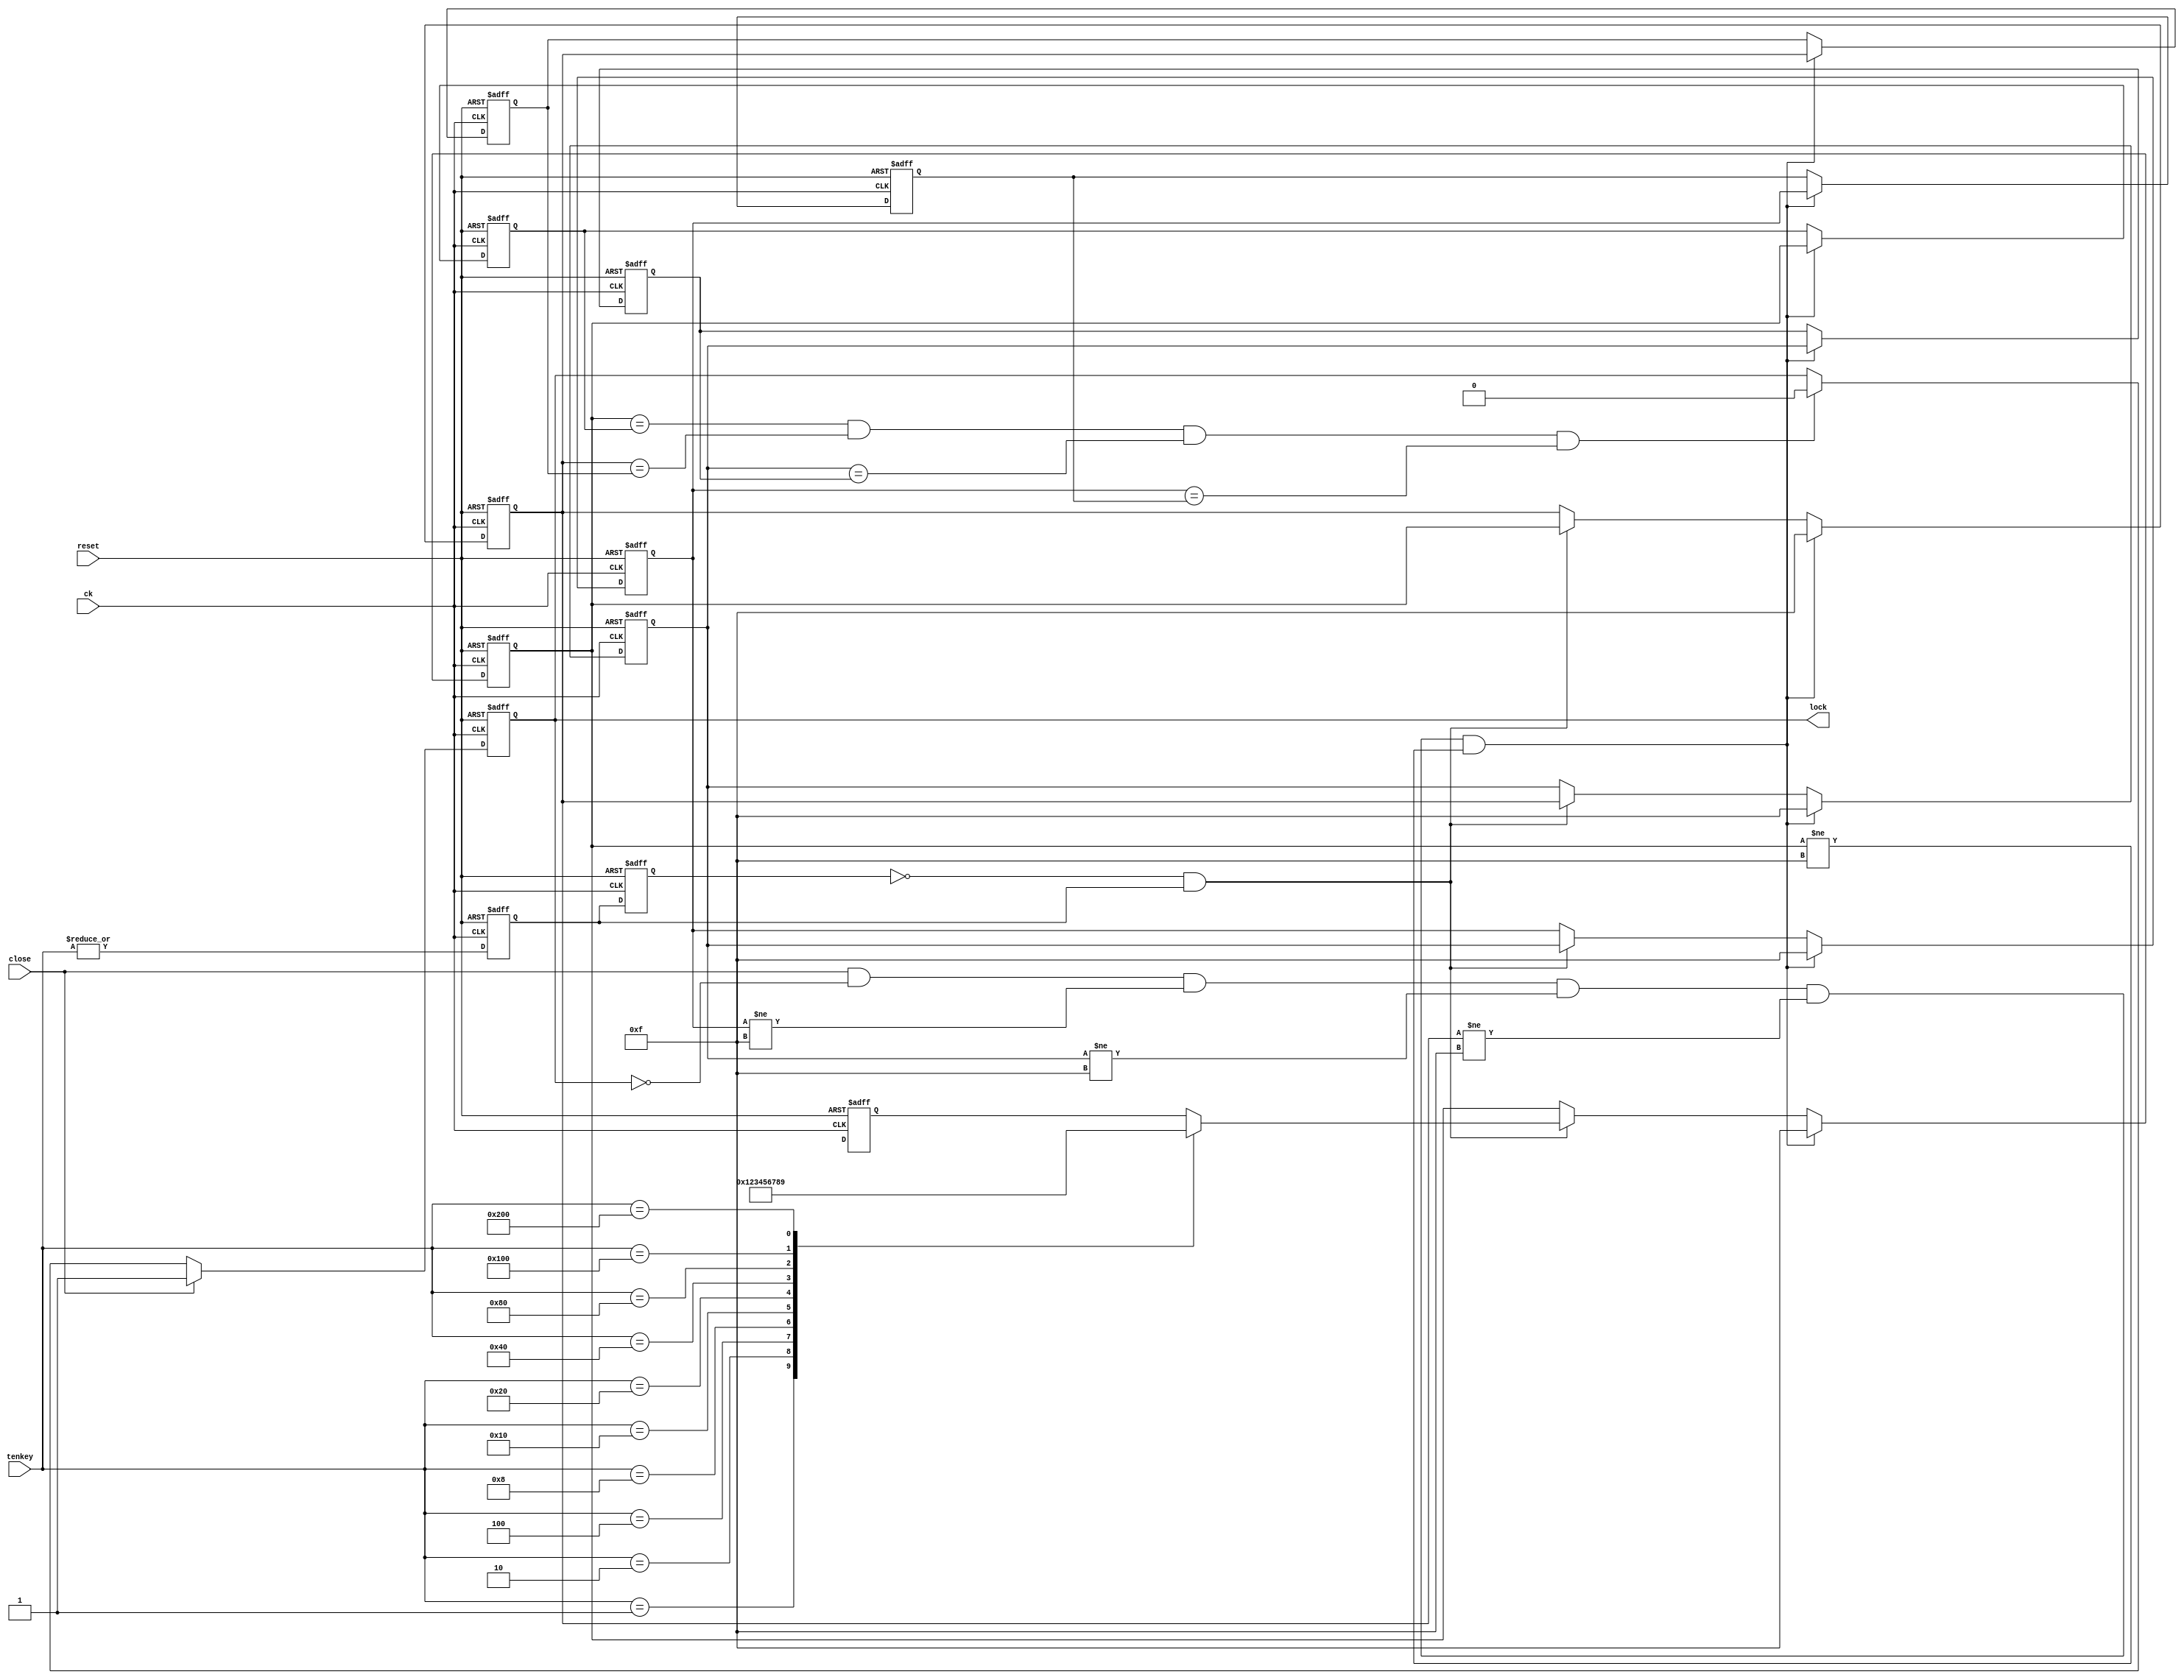
/* dq@
o^D
i9999jD
Scloselocko^D
lockcloseL[tD
*/

module elelock2( ck, reset, tenkey, close, lock);
input ck, reset, close;
input [9:0] tenkey;
output lock;
reg lock, ke1, ke2;
reg [3:0] key[0:3];
reg [3:0] secret_key[0:3];

wire match, key_enbl;

// ELWX^
always @( posedge ck or posedge reset ) begin
   if ( reset==1'b1 ) begin
      secret_key[3] <= 4'h9;	// :9999 
      secret_key[2] <= 4'h9;
      secret_key[1] <= 4'h9;
      secret_key[0] <= 4'h9;
      key[3] <= 4'b1111;
      key[2] <= 4'b1111;
      key[1] <= 4'b1111;
      key[0] <= 4'b1111;
   end
   else if ( close==1'b1 && lock==1'b0 && key[3]!=4'b1111 && key[2]!=4'b1111 && key[1]!=4'b1111 && key[0]!=4'b1111) begin 
      secret_key[3] <= key[3];	// o^C4locko^
      secret_key[2] <= key[2];
      secret_key[1] <= key[1];
      secret_key[0] <= key[0];
      key[3] <= 4'b1111;
      key[2] <= 4'b1111;
      key[1] <= 4'b1111;
      key[0] <= 4'b1111;
   end
   else if ( key_enbl==1'b1 ) begin
      key[3] <= key[2];
      key[2] <= key[1];
      key[1] <= key[0];
      key[0] <= keyenc( tenkey ); 
   end
end

// eEL[`b^p
always @( posedge ck or posedge reset ) begin
   if ( reset==1'b1 ) begin
      ke2 <= 1'b0;
      ke1 <= 1'b0;
   end
   else begin
      ke2 <= ke1;
      ke1 <= | tenkey;
   end
end  

// dqo
always @( posedge ck or posedge reset ) begin
   if ( reset==1'b1 ) 
      lock <= 1'b0;
   else if ( close==1'b1 ) begin
      lock <= 1'b1;
   end
   else if ( match==1'b1 )
      lock <= 1'b0;
end

// eEL[GR[_
function [3:0] keyenc;
input [9:0] sw;
   case ( sw )
      10'b00000_00001: keyenc = 4'h0;
      10'b00000_00010: keyenc = 4'h1;
      10'b00000_00100: keyenc = 4'h2;
      10'b00000_01000: keyenc = 4'h3;
      10'b00000_10000: keyenc = 4'h4;
      10'b00001_00000: keyenc = 4'h5;
      10'b00010_00000: keyenc = 4'h6;
      10'b00100_00000: keyenc = 4'h7;
      10'b01000_00000: keyenc = 4'h8;
      10'b10000_00000: keyenc = 4'h9;
   endcase
endfunction

// vM
assign match = (key[0]==secret_key[0]) && (key[1]==secret_key[1]) && (key[2]==secret_key[2]) && (key[3]==secret_key[3]);

assign key_enbl = ~ke2 & ke1;

endmodule